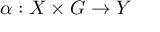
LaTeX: \alpha : X \times G \to Y